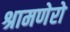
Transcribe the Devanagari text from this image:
श्रामणेरो